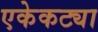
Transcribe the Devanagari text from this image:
एकेकट्या